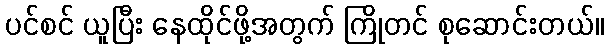
ပင်စင် ယူပြီး နေထိုင်ဖို့အတွက် ကြိုတင် စုဆောင်းတယ်။